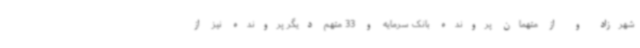
شهرزاد و از متهمان پرونده بانک سرمایه و 33 متهم دیگر پرونده نیز از